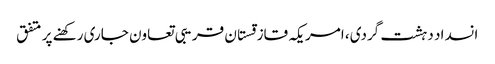
انسداد دہشت گردی، امریکہ قازقستان قریبی تعاون جاری رکھنے پر متفق